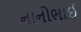
નાનોભાઈ